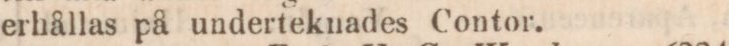
erhållas på underteknades Contor.